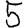
Digit: 5